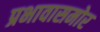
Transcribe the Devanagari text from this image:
प्रभावासमोर